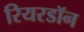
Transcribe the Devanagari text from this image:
रियरडॉन